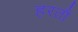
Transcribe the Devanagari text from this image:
हरतौ